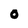
Character: O